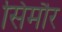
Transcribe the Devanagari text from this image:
सिमौर